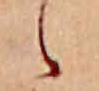
ゝ